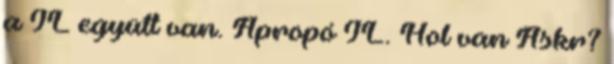
a JL együtt van. Apropó JL. Hol van Askr?